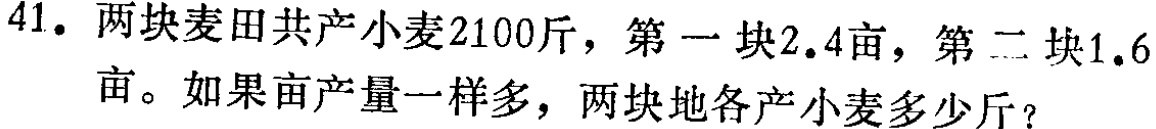
41. 两块麦田共产小麦2100斤，第一块2.4亩，第二块1.6亩。如果亩产量一样多，两块地各产小麦多少斤？